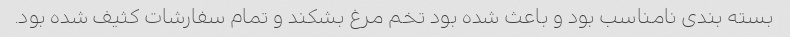
بسته بندی نامناسب بود و باعث شده بود تخم مرغ بشکند و تمام سفارشات کثیف شده بود.